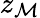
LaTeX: z_{\mathcal{M}}